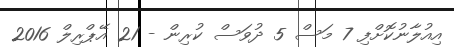
އިއުލާނުކޮށްފި 7 މަސް 5 ދުވަސް ކުރިން - 21 އޭޕްރިލް 2016